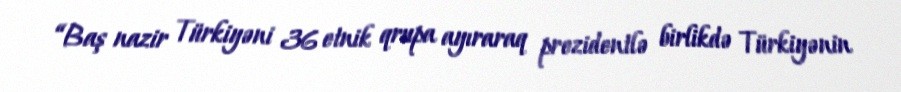
“Baş nazir Türkiyəni 36 etnik qrupa ayıraraq prezidentlə birlikdə Türkiyənin